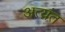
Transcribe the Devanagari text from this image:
अत्य़ंत